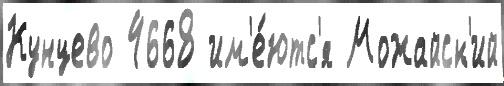
Кунцево 4668 им'е́ютс'я Можайск'ий